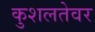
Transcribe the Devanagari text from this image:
कुशलतेवर